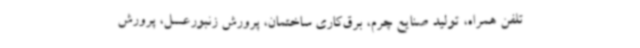
تلفن همراه، تولید صنایع چرم، برق‌کاری ساختمان، پرورش زنبورعسل، پرورش